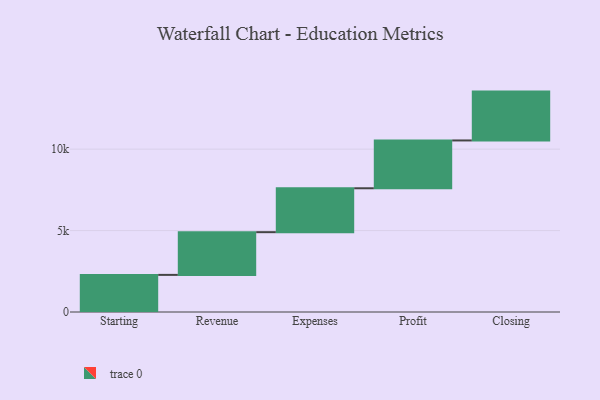
{"axis": {"x": "Step", "y": "Value"}, "legend": [""], "data": [{"x": "Starting", "y": 2279.0, "type": ""}, {"x": "Revenue", "y": 2623.0, "type": ""}, {"x": "Expenses", "y": 2696.0, "type": ""}, {"x": "Profit", "y": 2936.0, "type": ""}, {"x": "Closing", "y": 3000, "type": ""}]}